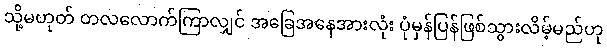
သို့မဟုတ် တလလောက်ကြာလျှင် အခြေအနေအားလုံး ပုံမှန်ပြန်ဖြစ်သွားလိမ့်မည်ဟု